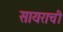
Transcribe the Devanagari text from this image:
सायराची